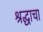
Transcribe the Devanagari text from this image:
श्रद्धाचा